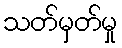
သတ်မှတ်မှု